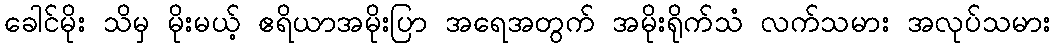
ခေါင်မိုး သိမှ မိုးမယ့် ဧရိယာအမိုးပြာ အရေအတွက် အမိုးရိုက်သံ လက်သမား အလုပ်သမား